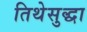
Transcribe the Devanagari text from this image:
तिथेसुद्धा